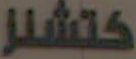
كتشنر